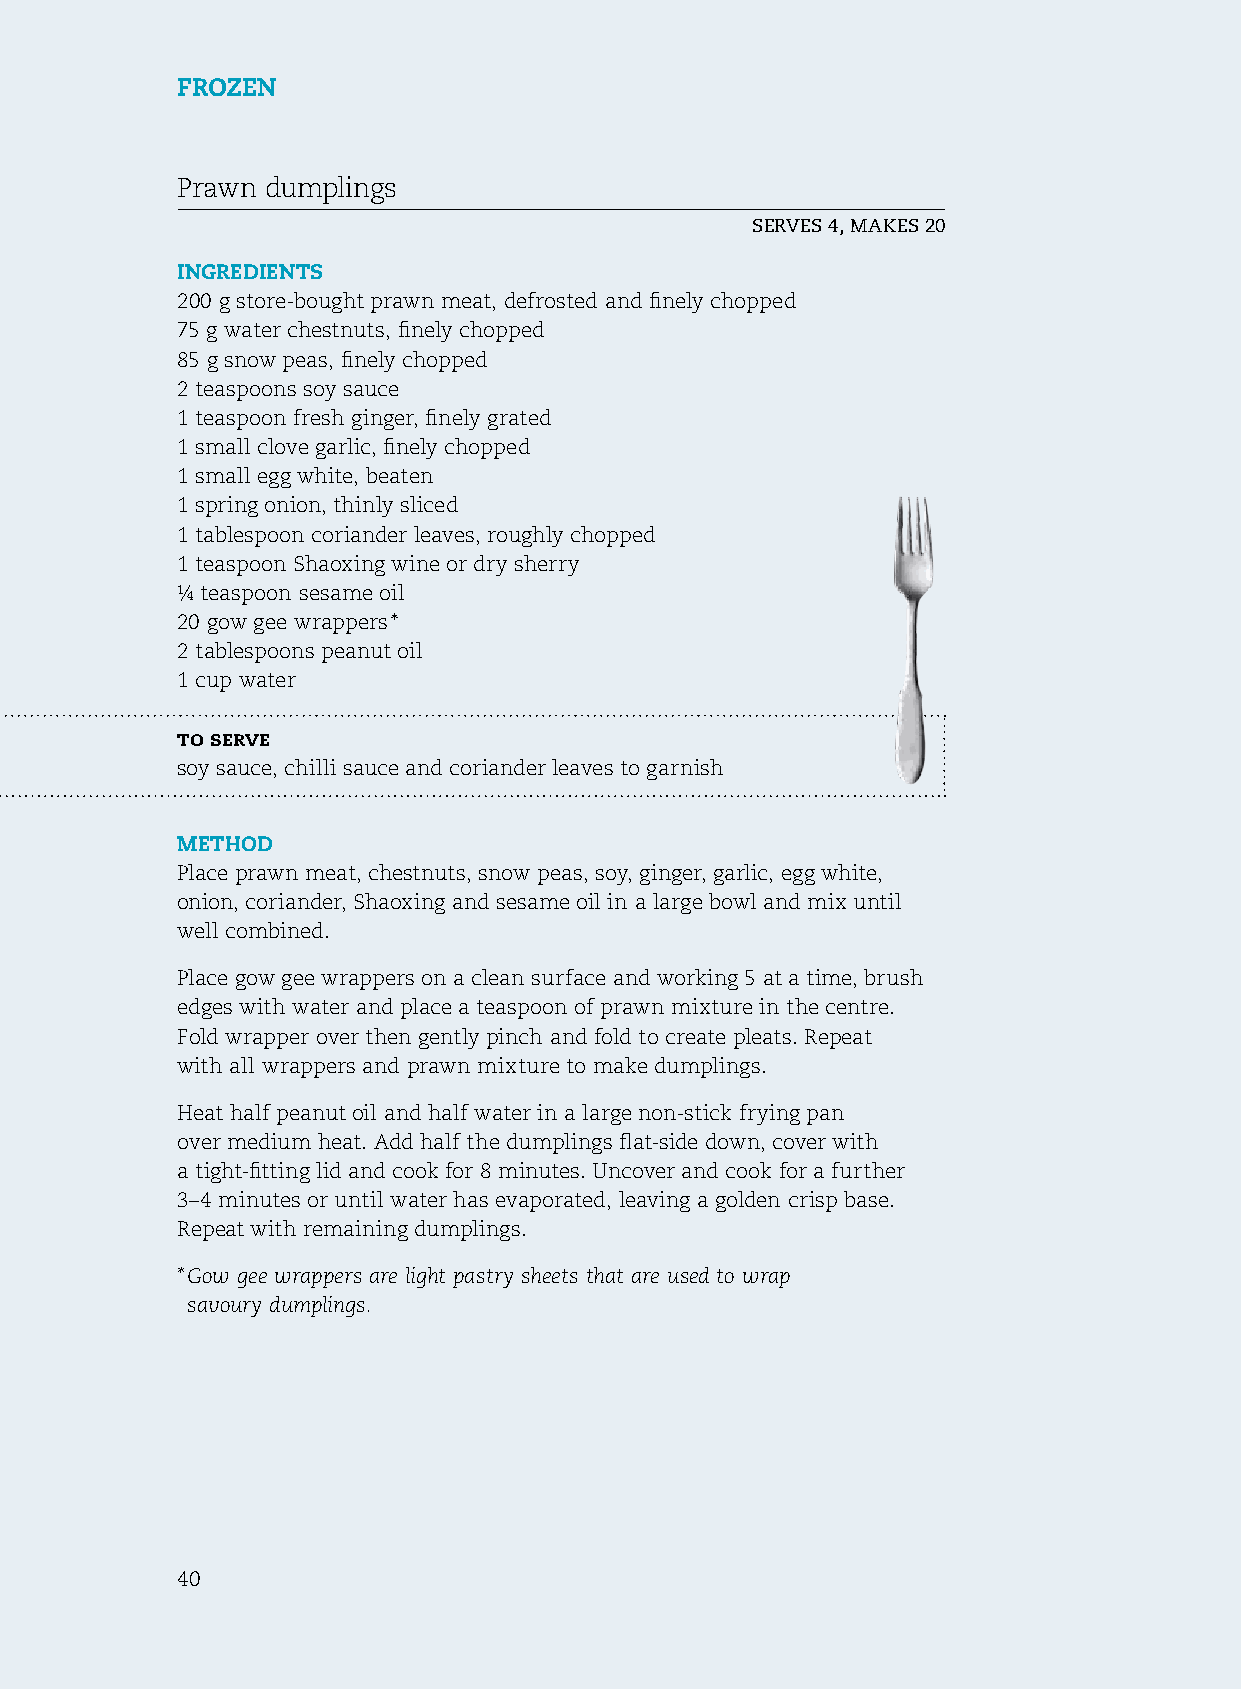
Frozen
 Prawn dumplings
 serves 4, makes 20
 ingredients
 200 g store-bought prawn meat, defrosted and finely chopped
 75 g water chestnuts, finely chopped
 85 g snow peas, finely chopped
 2 teaspoons soy sauce
 1 teaspoon fresh ginger, finely grated
 1 small clove garlic, finely chopped
 1 small egg white, beaten
 1 spring onion, thinly sliced
 1 tablespoon coriander leaves, roughly chopped
 1 teaspoon shaoxing wine or dry sherry
 ¼ teaspoon sesame oil
 20 gow gee wrappers *
 2 tablespoons peanut oil
 1 cup water
 to serve
 soy sauce, chilli sauce and coriander leaves to garnish
 method
 Place prawn meat, chestnuts, snow peas, soy, ginger, garlic, egg white,
 onion, coriander, shaoxing and sesame oil in a large bowl and mix until
 well combined.
 Place gow gee wrappers on a clean surface and working 5 at a time, brush
 edges with water and place a teaspoon of prawn mixture in the centre.
 fold wrapper over then gently pinch and fold to create pleats. repeat
 with all wrappers and prawn mixture to make dumplings.
 heat half peanut oil and half water in a large non-stick frying pan
 over medium heat. Add half the dumplings flat-side down, cover with
 a tight-fitting lid and cook for 8 minutes. Uncover and cook for a further
 3–4 minutes or until water has evaporated, leaving a golden crisp base.
 repeat with remaining dumplings.
 * Gow gee wrappers are light pastry sheets that are used to wrap
 savoury dumplings.
 40